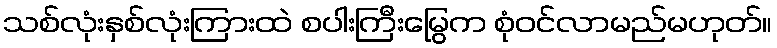
သစ်လုံးနှစ်လုံးကြားထဲ စပါးကြီးမြွေက စုံဝင်လာမည်မဟုတ်။